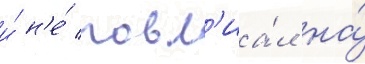
и́ н'е́ повл'иа́л на́